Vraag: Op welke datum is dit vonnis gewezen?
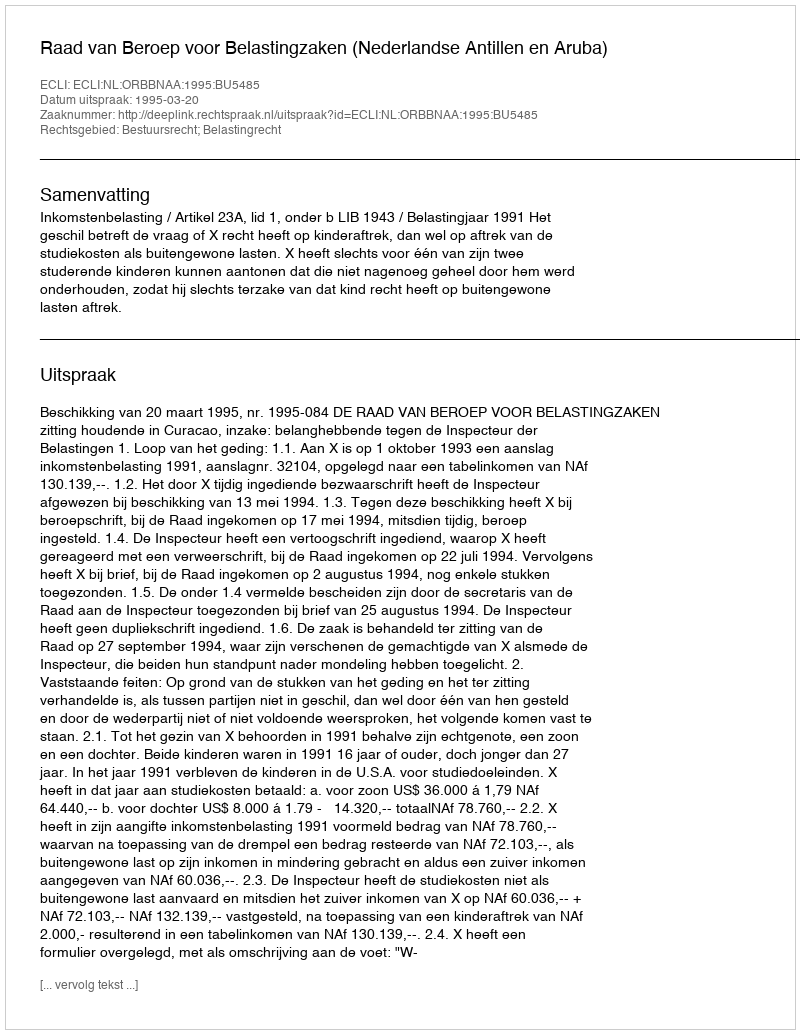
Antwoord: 1995-03-20